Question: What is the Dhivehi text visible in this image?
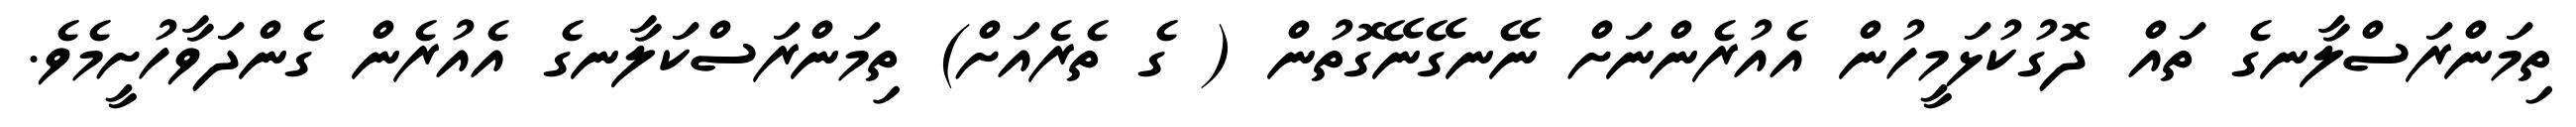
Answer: ތިމަންރަސްލާނގެ ތައް ދޮގުކުޅަމީހުން އެއުރެންނަށް ނޭނގޭނޭގޮތުން ( ގެ ތެރެއަށް) ތިމަންރަސްކަލާނގެ އެއުރެން ގެންދަވާހުށީމެވެ.